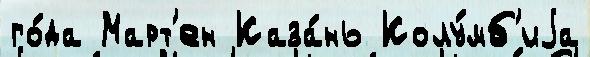
го́да Март'ен Каза́нь Колу́мб'иjа